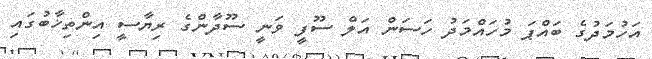
އަހުމަދުގެ ބައްޕަ މުހައްމަދު ހަސަން އަލް ސޫފީ ވަނީ ސޫދާންގެ ރިޔާސީ އިންތިޚާބުގައި